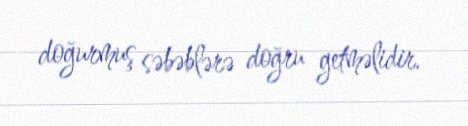
doğurmuş səbəblərə doğru getməlidir.